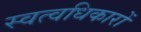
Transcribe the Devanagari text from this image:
स्वत्वधिकारों